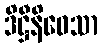
ဒိဋ္ဌီနိဝေသာ